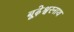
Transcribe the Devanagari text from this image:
बूढ़ेश्वरनाथ